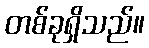
တစ်ခုရှိသည်။